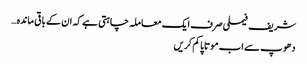
شریف فیملی صرف ایک معاملہ چاہتی ہے کہ ان کے باقی ماندہ…
دھوپ سے اب موتاپا کم کریں